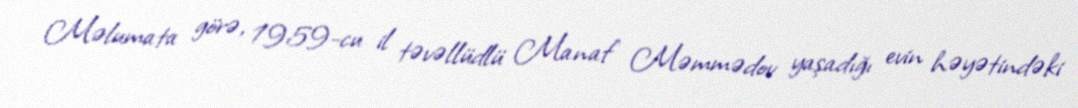
Məlumata görə, 1959-cu il təvəllüdlü Manaf Məmmədov yaşadığı evin həyətindəki